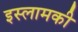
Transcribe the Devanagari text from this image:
इस्लामकी